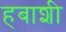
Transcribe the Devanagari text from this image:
हबाशी